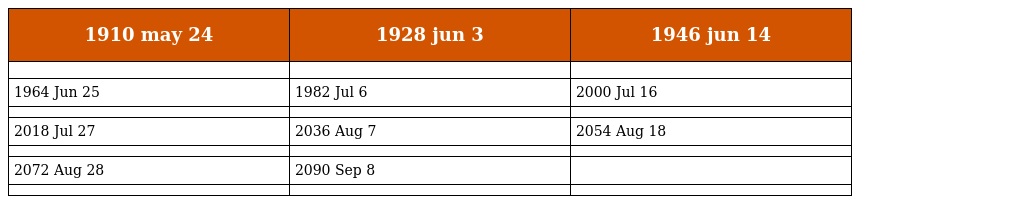
| 1910 may 24 | 1928 jun 3 | 1946 jun 14 |
 | --- | --- | --- |
 |  |  |  |
 | 1964 Jun 25 | 1982 Jul 6 | 2000 Jul 16 |
 |  |  |  |
 | 2018 Jul 27 | 2036 Aug 7 | 2054 Aug 18 |
 |  |  |  |
 | 2072 Aug 28 | 2090 Sep 8 |  |
 |  |  |  |